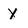
Character: y